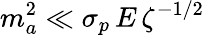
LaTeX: m_{a}^{2}\ll\sigma_{p}\, E\, \zeta^{-1/2}